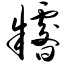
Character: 糌